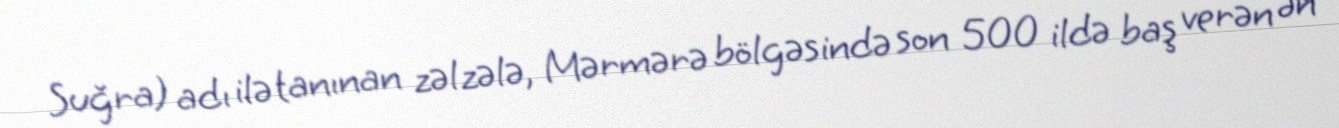
Suğra) adı ilə tanınan zəlzələ, Mərmərə bölgəsində son 500 ildə baş verən ən